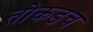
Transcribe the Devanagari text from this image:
तोकडच